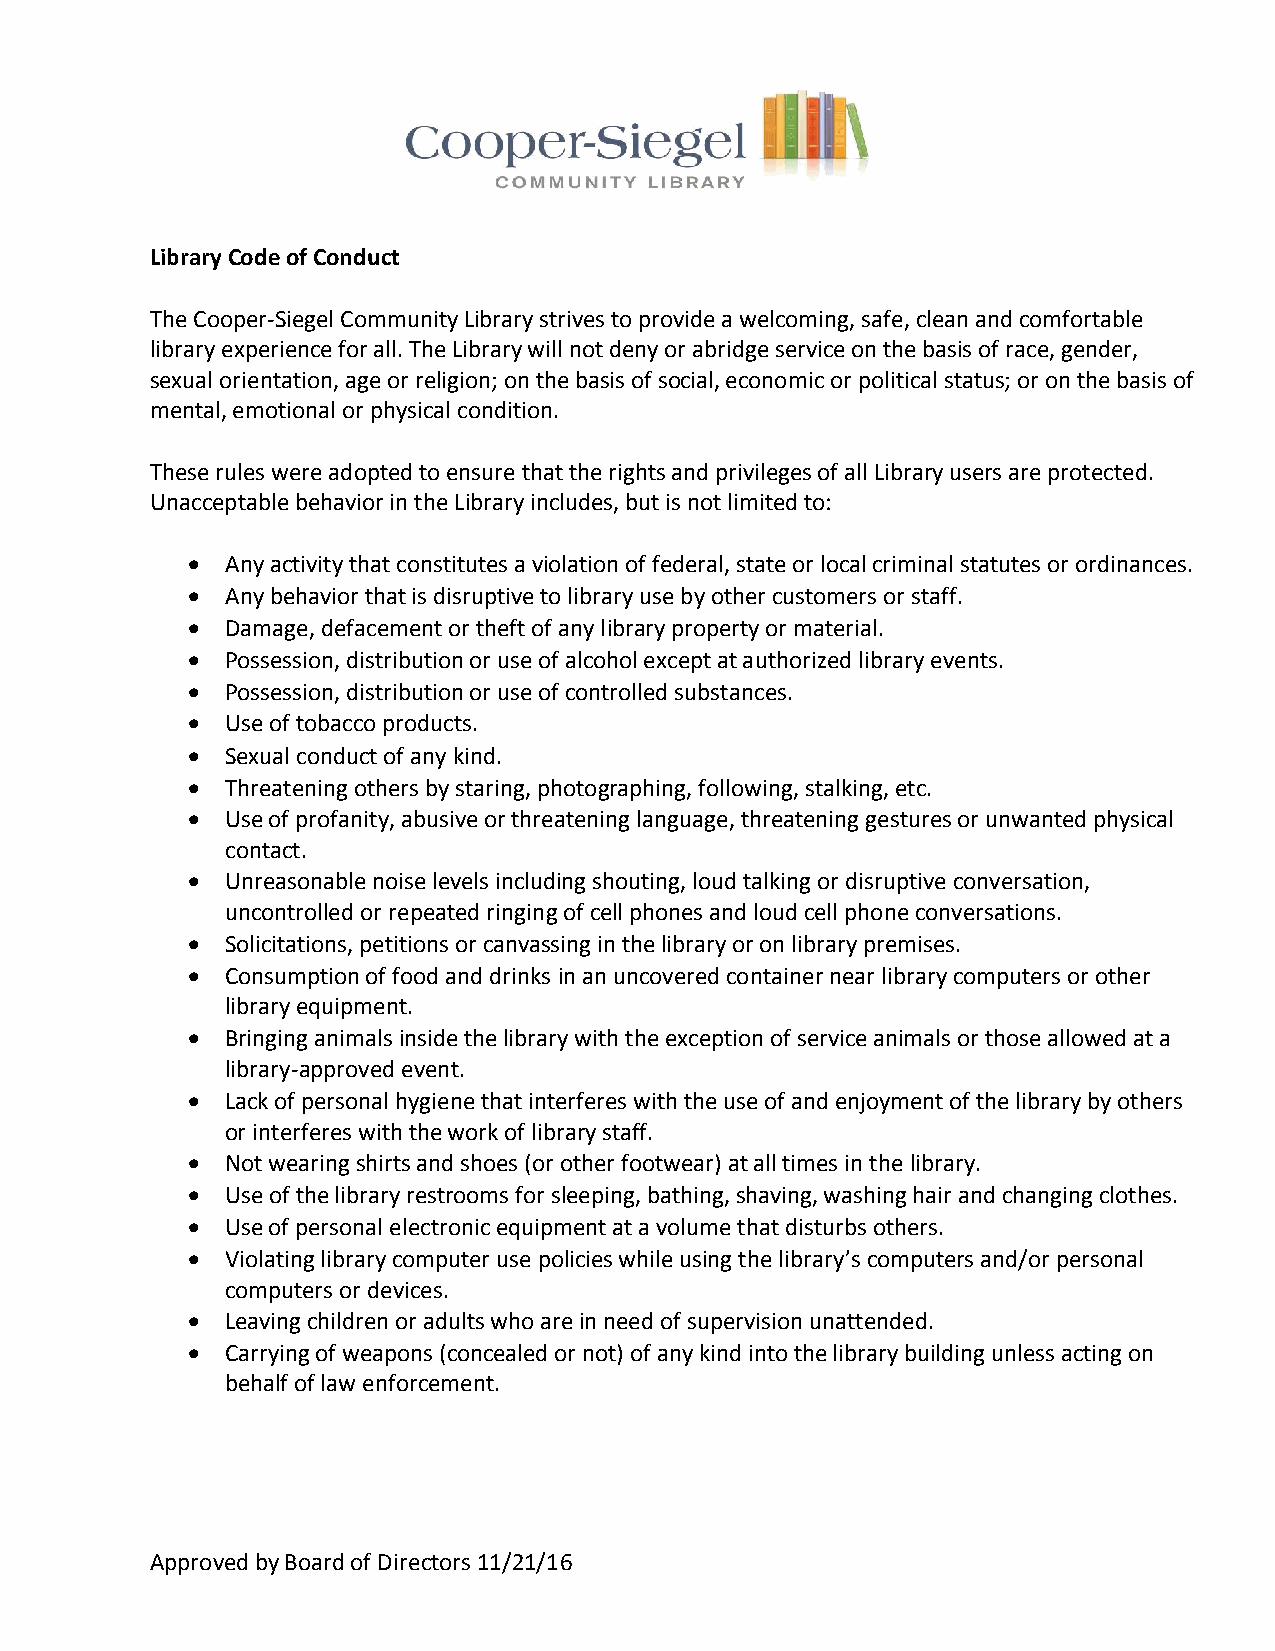
Library Code of Conduct
 The Cooper-Siegel Community Library strives to provide a welcoming, safe, clean and comfortable
 library experience for all. The Library will not deny or abridge service on the basis of race, gender,
 sexual orientation, age or religion; on the basis of social, economic or political status; or on the basis of
 mental, emotional or physical condition.
 These rules were adopted to ensure that the rights and privileges of all Library users are protected.
 Unacceptable behavior in the Library includes, but is not limited to:
 •  Any activity that constitutes a violation of federal, state or local criminal statutes or ordinances.
 •  Any behavior that is disruptive to library use by other customers or staff.
 •  Damage, defacement or theft of any library property or material.
 •  Possession, distribution or use of alcohol except at authorized library events.
 •  Possession, distribution or use of controlled substances.
 •  Use of tobacco products.
 •  Sexual conduct of any kind.
 •  Threatening others by staring, photographing, following, stalking, etc.
 •  Use of profanity, abusive or threatening language, threatening gestures or unwanted physical
 contact.
 •  Unreasonable noise levels including shouting, loud talking or disruptive conversation,
 uncontrolled or repeated ringing of cell phones and loud cell phone conversations.
 •  Solicitations, petitions or canvassing in the library or on library premises.
 •  Consumption of food and drinks in an uncovered container near library computers or other
 library equipment.
 •  Bringing animals inside the library with the exception of service animals or those allowed at a
 library-approved event.
 •  Lack of personal hygiene that interferes with the use of and enjoyment of the library by others
 or interferes with the work of library staff.
 •  Not wearing shirts and shoes (or other footwear) at all times in the library.
 •  Use of the library restrooms for sleeping, bathing, shaving, washing hair and changing clothes.
 •  Use of personal electronic equipment at a volume that disturbs others.
 •  Violating library computer use policies while using the library’s computers and/or personal
 computers or devices.
 •  Leaving children or adults who are in need of supervision unattended.
 •  Carrying of weapons (concealed or not) of any kind into the library building unless acting on
 behalf of law enforcement.
 Approved by Board of Directors 11/21/16